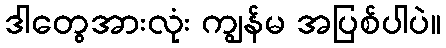
ဒါတွေအားလုံး ကျွန်မ အပြစ်ပါပဲ။